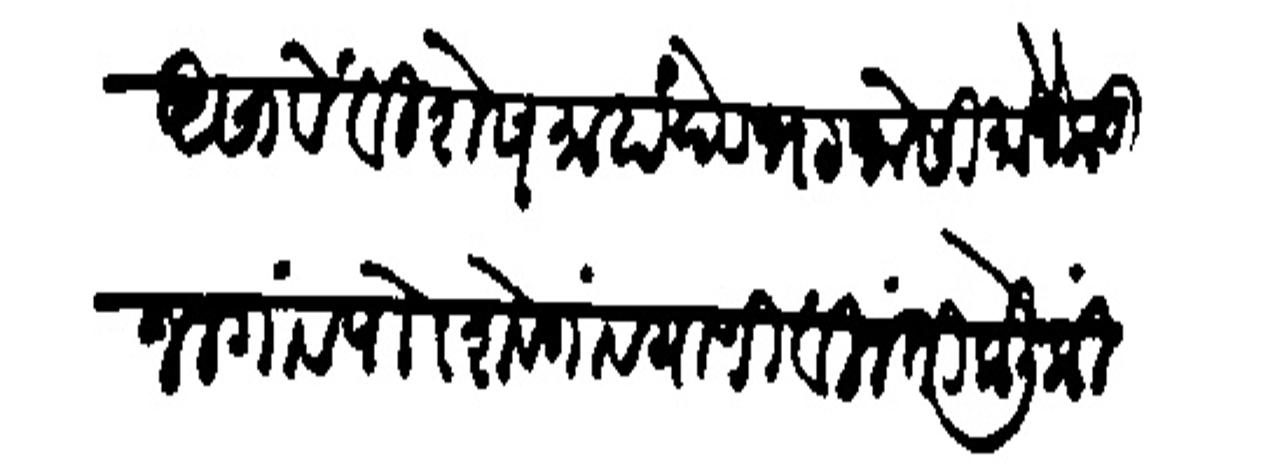
Transliteration (Devanagari): असावे विशेष माहादेवभट जोसो मौजे कड जळगांव पोा शेगांव याणी विनंती केली की